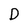
Character: D